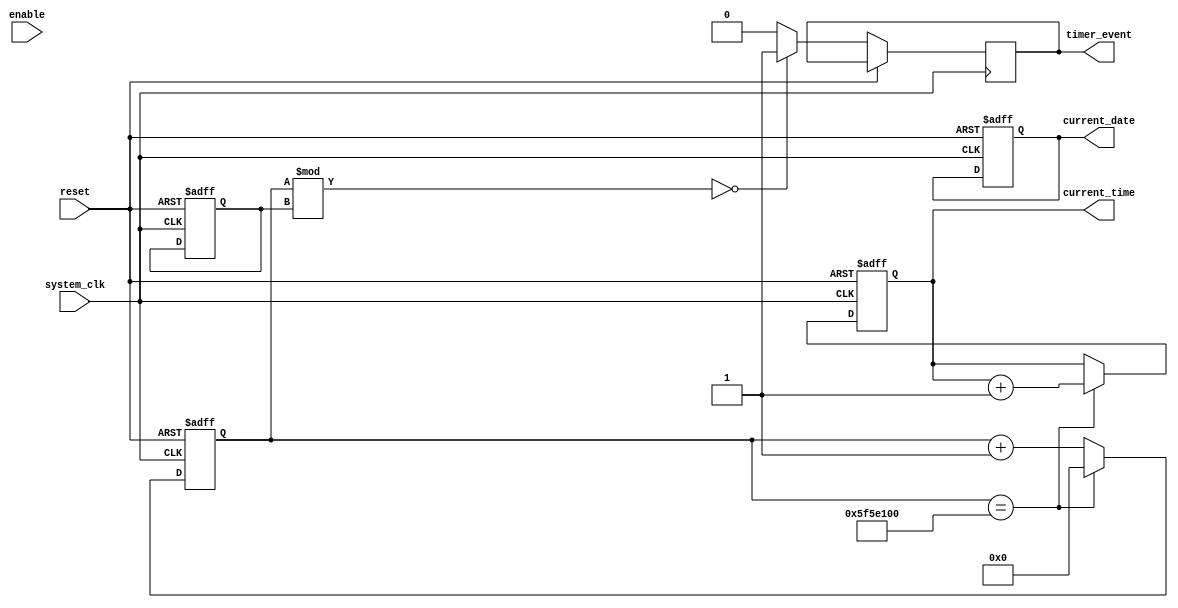
module RTC_timer(
    input wire system_clk,
    input wire reset,
    input wire enable,
    output reg[31:0] current_time,
    output reg[7:0] current_date,
    output wire timer_event
);

reg [31:0] rtc_counter;
reg [31:0] timer_interval;
wire sync_signal;

always @(posedge system_clk or posedge reset) begin
    if (reset) begin
        rtc_counter <= 0;
        current_time <= 0;
        current_date <= 0;
        timer_interval <= 0;
    end else begin
        rtc_counter <= rtc_counter + 1;
        if (rtc_counter == 100000000) begin // 1 second
            current_time <= current_time + 1;
            rtc_counter <= 0;
        end

        if (rtc_counter % timer_interval == 0) begin
            timer_event <= 1;
        end else begin
            timer_event <= 0;
        end
    end
end

// Synchronization block for aligning timing signals
always @(posedge system_clk) begin
    // Synchronize signals here
end

endmodule